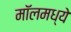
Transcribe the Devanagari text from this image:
मॉलमध्ये